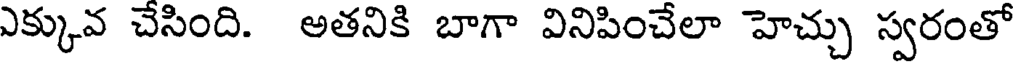
ఎక్కువ చేసింది. అతనికి బాగా వినిపించేలా హెచ్చు స్వరంతో